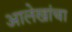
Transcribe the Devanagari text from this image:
आलेखांचा